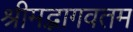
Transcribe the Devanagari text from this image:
श्रीमद्भागवतम